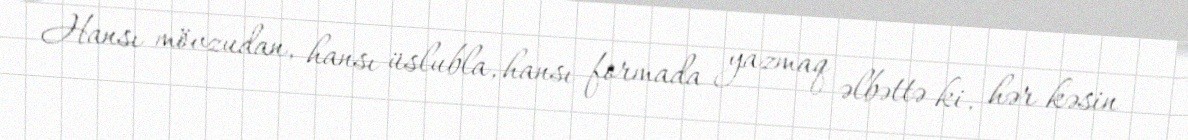
Hansı mövzudan, hansı üslubla, hansı formada yazmaq əlbəttə ki, hər kəsin